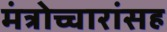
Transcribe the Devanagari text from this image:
मंत्रोच्चारांसह